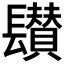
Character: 𨲽